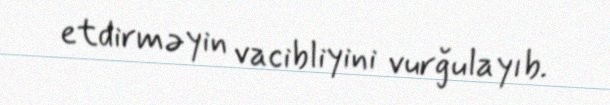
etdirməyin vacibliyini vurğulayıb.